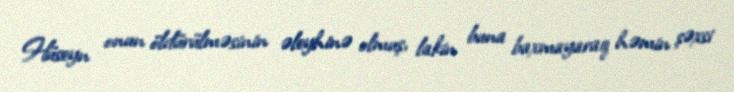
Hüseyn onun öldürülməsinin əleyhinə olmuş, lakin buna baxmayaraq həmin şəxsi